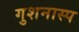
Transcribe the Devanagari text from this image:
गुशनास्प